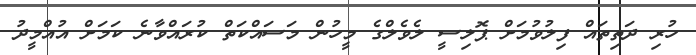
ހުރި ދަތިތައް ފިލުވުމަށް ޕޮލިސީ ލެވެލްގެ މީހުން މަސައްކަތް ކުރައްވާނެ ކަމަށް އުއްމީދު